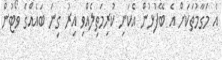
އެ މަގާމުތަކަށް އެ ބޭފުޅުން އެކަނި ކުރިމަތިލެއްވި އިރު ގިނަ ބައެއްގެ ވޯޓުން